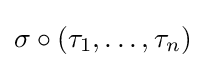
\sigma \circ (\tau _{1},\dots ,\tau _{n})